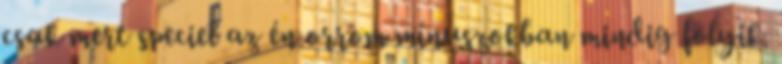
csak mert speciel az én orrom mínuszokban mindig folyik.